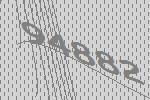
94882